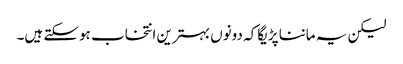
لیکن یہ ماننا پڑیگا کہ دونوں بہترین انتخاب ہوسکتے ہیں۔